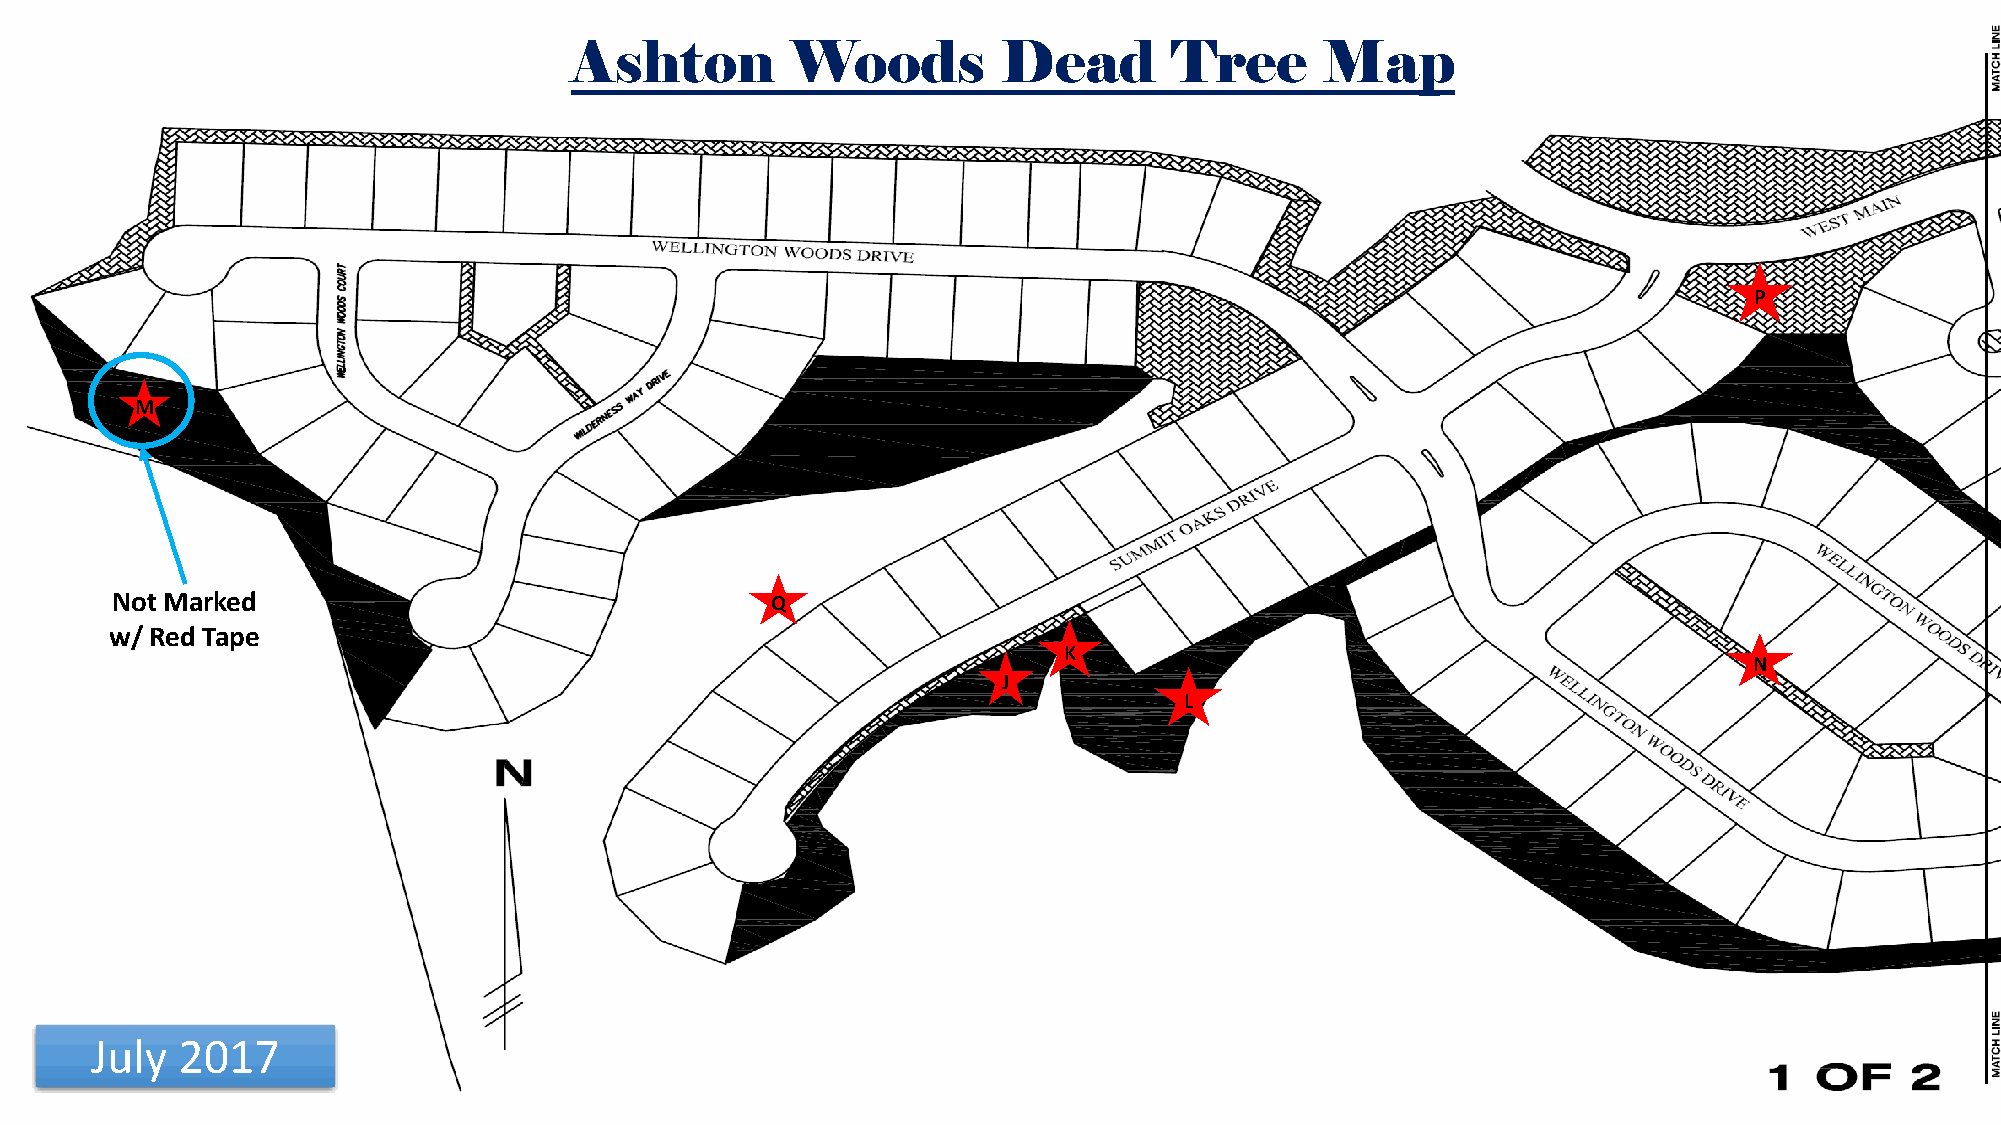
Ashton        Woods         Dead       Tree       Map
 P
 M
 Not Marked                                  Q
 w/ Red Tape
 K
 N
 J
 L
 July  2017